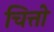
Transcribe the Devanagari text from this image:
चित्तो